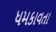
ધમકાવતા